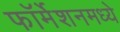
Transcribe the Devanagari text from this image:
फॉर्मेशनमध्ये